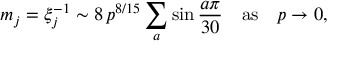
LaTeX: m _ { j } = \xi _ { j } ^ { - 1 } \sim 8 \, p ^ { 8 / 1 5 } \sum _ { a } \sin \frac { a \pi } { 3 0 } \quad \mathrm { a s } \quad p \to 0 ,